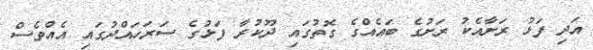
އަދި ފަޅު ރަށާއެކު ރަށުގެ ބައެއްގެ ގޮތުގައި ދޫކުރާ ފަޅުގެ ސަރަހައްދުގައި އެއްވެސް